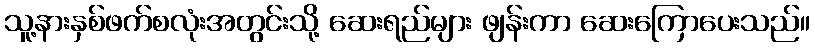
သူ့နားနှစ်ဖက်စလုံးအတွင်းသို့ ဆေးရည်များ ဖျန်းကာ ဆေးကြောပေးသည်။